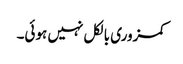
کمزوری بالکل نہیں ہوئی۔